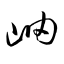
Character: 岫